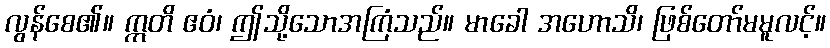
လွန်စေ၏။ ဣတိ ဧဝံ၊ ဤသို့သောအကြံသည်။ မာခေါ အဟောသိ၊ ဖြစ်တော်မမူလင့်။